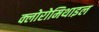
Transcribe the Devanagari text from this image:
क्लोरोमिथाइल